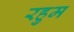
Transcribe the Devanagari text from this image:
रहुम